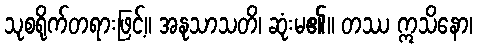
သုစရိုက်တရားဖြင့်။ အနုသာသတိ၊ ဆုံးမ၏။ တဿ ဣသိနော၊